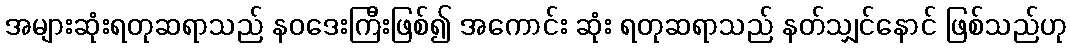
အများဆုံးရတုဆရာသည် နဝဒေးကြီးဖြစ်၍ အကောင်း ဆုံး ရတုဆရာသည် နတ်သျှင်နောင် ဖြစ်သည်ဟု